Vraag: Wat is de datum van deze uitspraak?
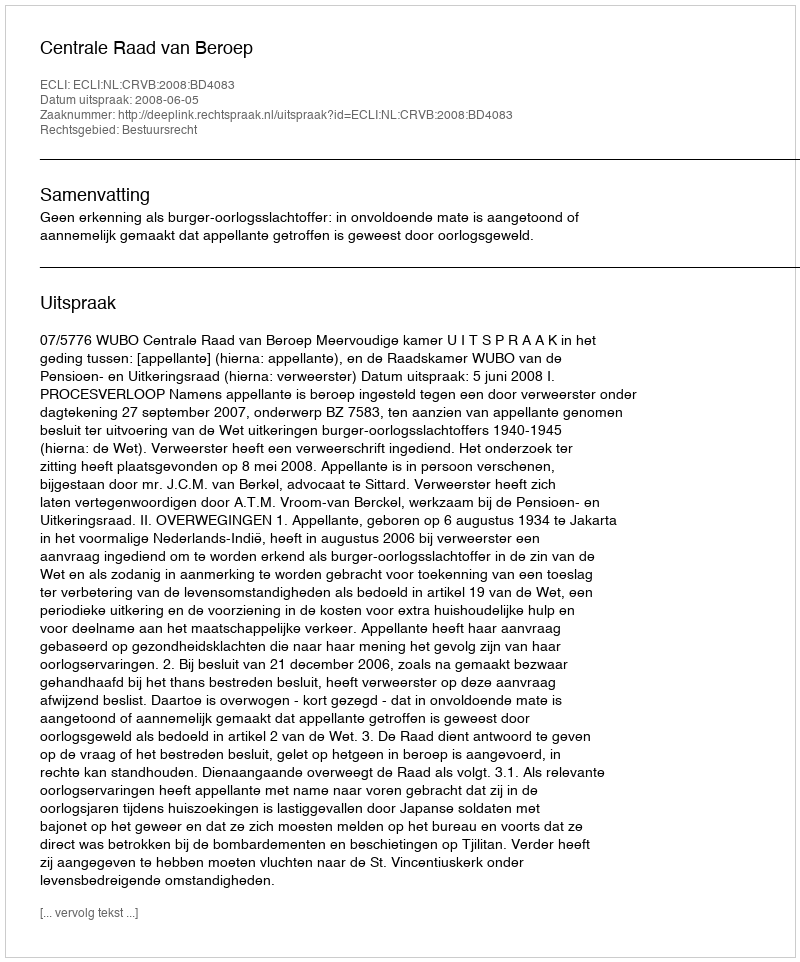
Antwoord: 2008-06-05